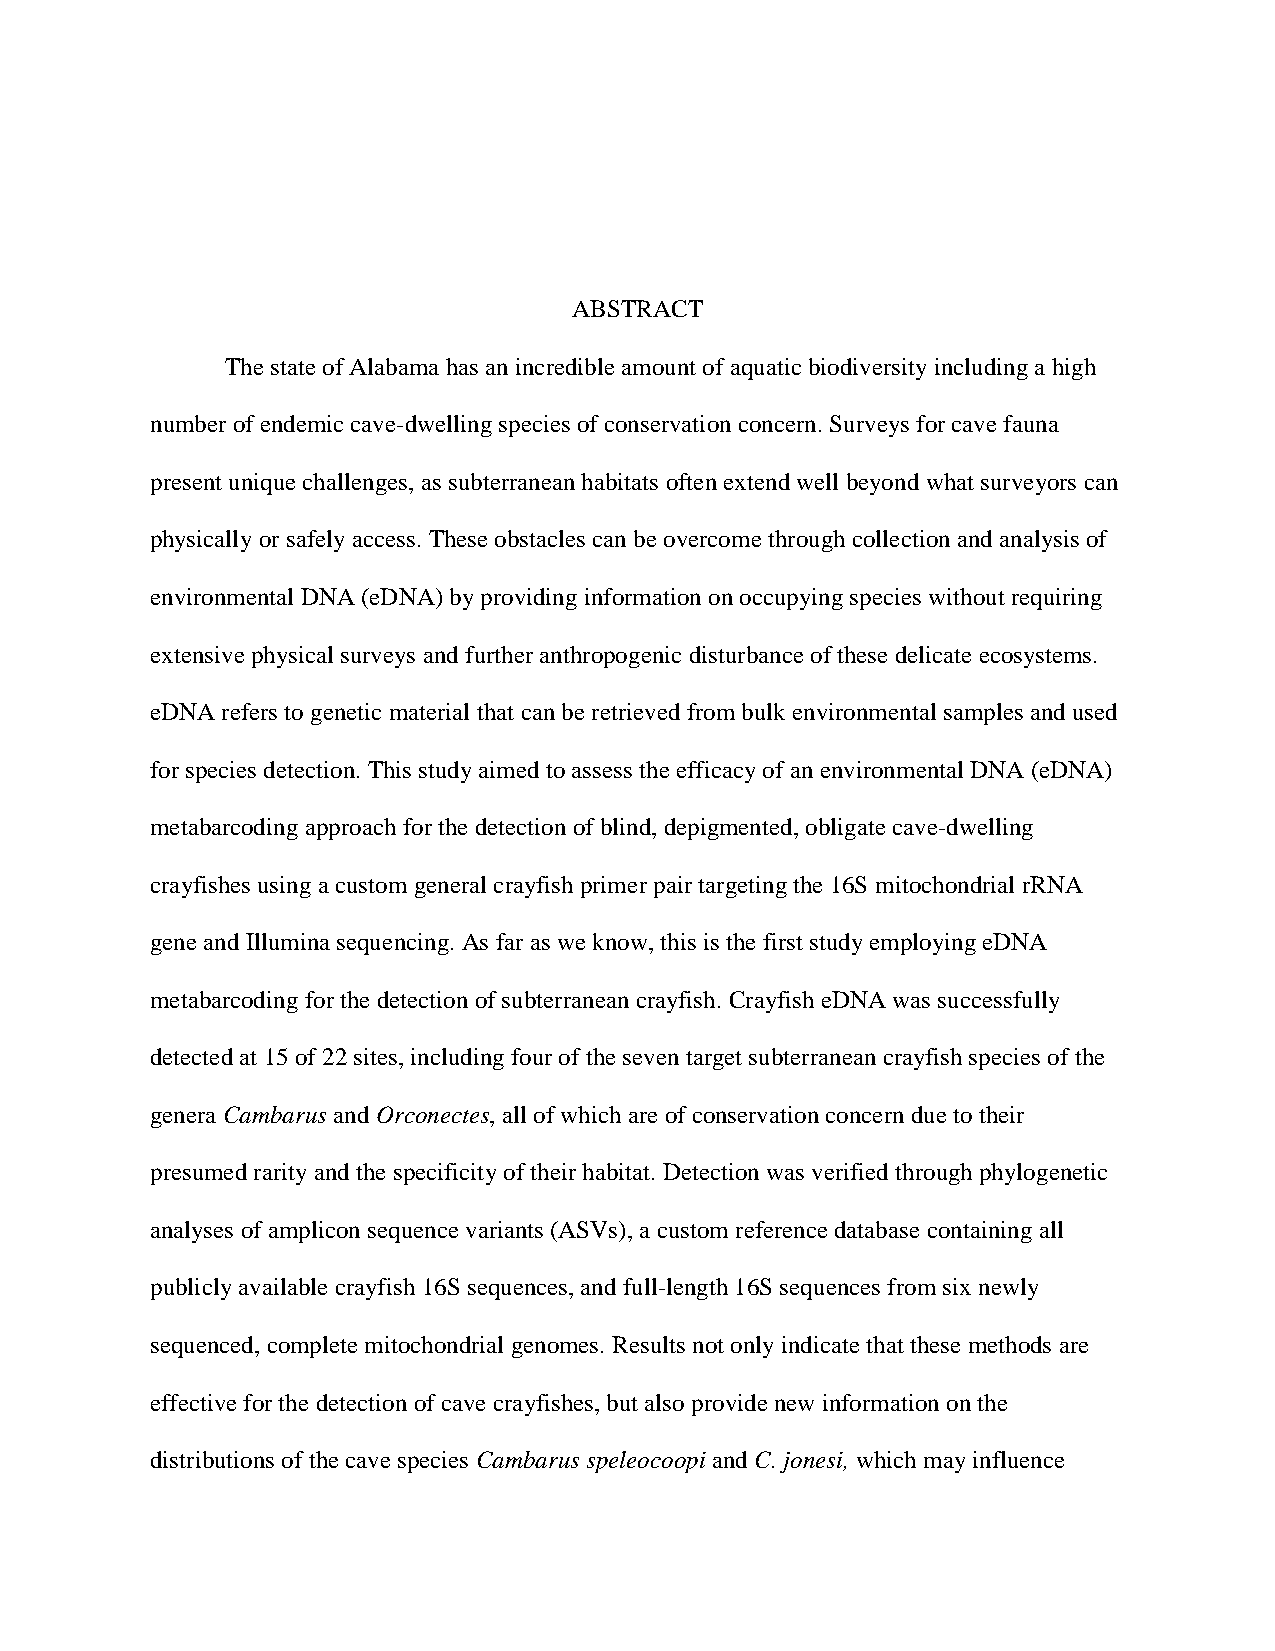
ABSTRACT
 The state of Alabama has an incredible amount of aquatic biodiversity including a high
 number of endemic cave-dwelling species of conservation concern. Surveys for cave fauna
 present unique challenges, as subterranean habitats often extend well beyond what surveyors can
 physically or safely access. These obstacles can be overcome through collection and analysis of
 environmental DNA (eDNA) by providing information on occupying species without requiring
 extensive physical surveys and further anthropogenic disturbance of these delicate ecosystems.
 eDNA refers to genetic material that can be retrieved from bulk environmental samples and used
 for species detection. This study aimed to assess the efficacy of an environmental DNA (eDNA)
 metabarcoding approach for the detection of blind, depigmented, obligate cave-dwelling
 crayfishes using a custom general crayfish primer pair targeting the 16S mitochondrial rRNA
 gene and Illumina sequencing. As far as we know, this is the first study employing eDNA
 metabarcoding for the detection of subterranean crayfish. Crayfish eDNA was successfully
 detected at 15 of 22 sites, including four of the seven target subterranean crayfish species of the
 genera Cambarus and Orconectes, all of which are of conservation concern due to their
 presumed rarity and the specificity of their habitat. Detection was verified through phylogenetic
 analyses of amplicon sequence variants (ASVs), a custom reference database containing all
 publicly available crayfish 16S sequences, and full-length 16S sequences from six newly
 sequenced, complete mitochondrial genomes. Results not only indicate that these methods are
 effective for the detection of cave crayfishes, but also provide new information on the
 distributions of the cave species Cambarus speleocoopi and C. jonesi, which may influence